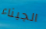
الجبناء